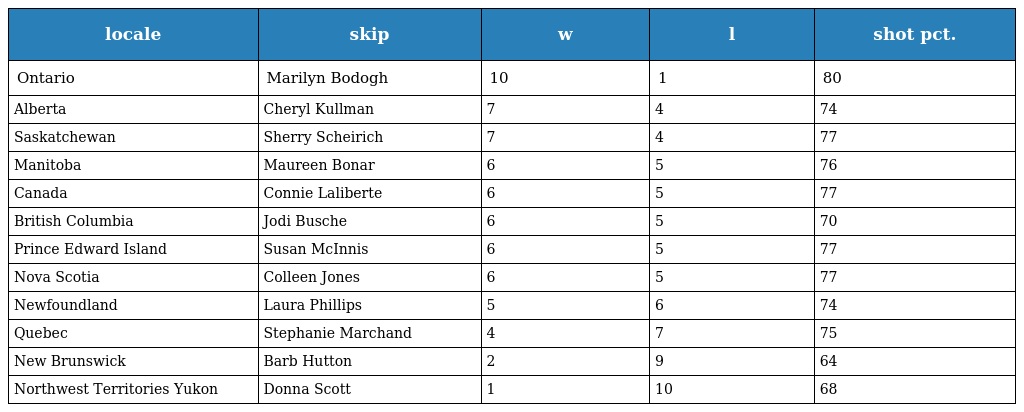
| locale | skip | w | l | shot pct. |
 | --- | --- | --- | --- | --- |
 | Ontario | Marilyn Bodogh | 10 | 1 | 80 |
 | Alberta | Cheryl Kullman | 7 | 4 | 74 |
 | Saskatchewan | Sherry Scheirich | 7 | 4 | 77 |
 | Manitoba | Maureen Bonar | 6 | 5 | 76 |
 | Canada | Connie Laliberte | 6 | 5 | 77 |
 | British Columbia | Jodi Busche | 6 | 5 | 70 |
 | Prince Edward Island | Susan McInnis | 6 | 5 | 77 |
 | Nova Scotia | Colleen Jones | 6 | 5 | 77 |
 | Newfoundland | Laura Phillips | 5 | 6 | 74 |
 | Quebec | Stephanie Marchand | 4 | 7 | 75 |
 | New Brunswick | Barb Hutton | 2 | 9 | 64 |
 | Northwest Territories Yukon | Donna Scott | 1 | 10 | 68 |